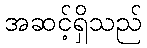
အဆင့်ရှိသည်